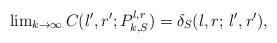
LaTeX: \begin{align*} \lim \nolimits_{k \to \infty} C(l',r';P_{k,S}^{l,r}) = \delta_S(l,r; \, l',r'),\end{align*}